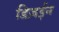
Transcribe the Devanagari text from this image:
डिज़ईन